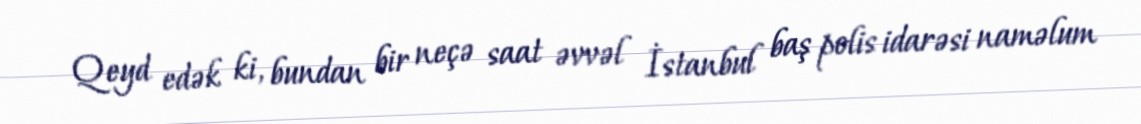
Qeyd edək ki, bundan bir neçə saat əvvəl İstanbul baş polis idarəsi naməlum